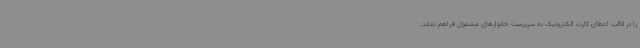
را در قالب اعطای کارت الکترونیک به سرپرست خانوارهای مشمول فراهم نماید.